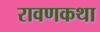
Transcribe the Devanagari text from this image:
रावणकथा